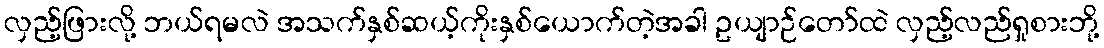
လှည့်ဖြားလို့ ဘယ်ရမလဲ အသက်နှစ်ဆယ့်ကိုးနှစ်ယောက်တဲ့အခါ ဥယျာဉ်တော်ထဲ လှည့်လည်ရှုစားဘို့